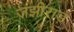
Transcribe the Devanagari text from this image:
जझीराड